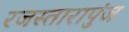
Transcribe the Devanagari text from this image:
रजस्तारापुंज